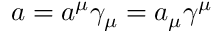
a = a ^ { \mu } \gamma _ { \mu } = a _ { \mu } \gamma ^ { \mu }